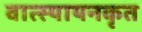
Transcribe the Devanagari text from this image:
वात्स्यायनकृत